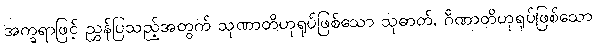
အက္ခရာဖြင့် ညွှန်ပြသည့်အတွက် သုဏာတိဟုရုပ်ဖြစ်သော သုဓာတ်, ဂိဏာတိဟုရုပ်ဖြစ်သော